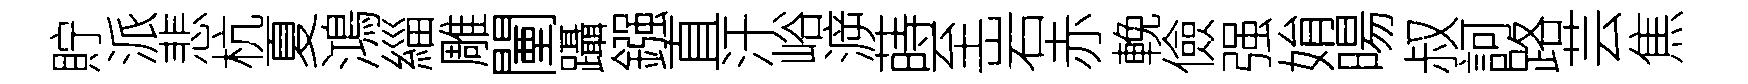
貯派悲杭夏鴻緇雕闉躡鏹直汗峪㴑蒔至岩赤輓儉强姢暘叔訶路芸焦